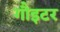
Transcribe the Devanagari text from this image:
गौइटर